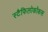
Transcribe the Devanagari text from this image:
स्टैफिलोकॉकस